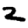
Digit: 2